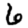
Digit: 6